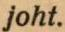
joht.